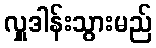
လှူဒါန်းသွားမည်